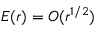
E ( r ) = O ( r ^ { 1 / 2 } )